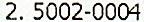
2. 5002-0004